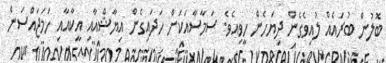
ބޮލުން ބުރައެއް ލުއިވެގެން ދިޔަހެން ހީވިއެވެ. ސަމާސާއަކަށް ހަދައިގެން އިޔާޝްއާއި އީކާއާއި ހަމަޖައްސަން